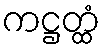
ကဋ္ဌတ္ထံ